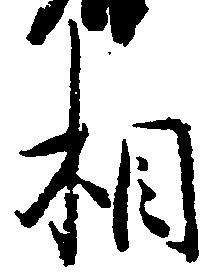
相